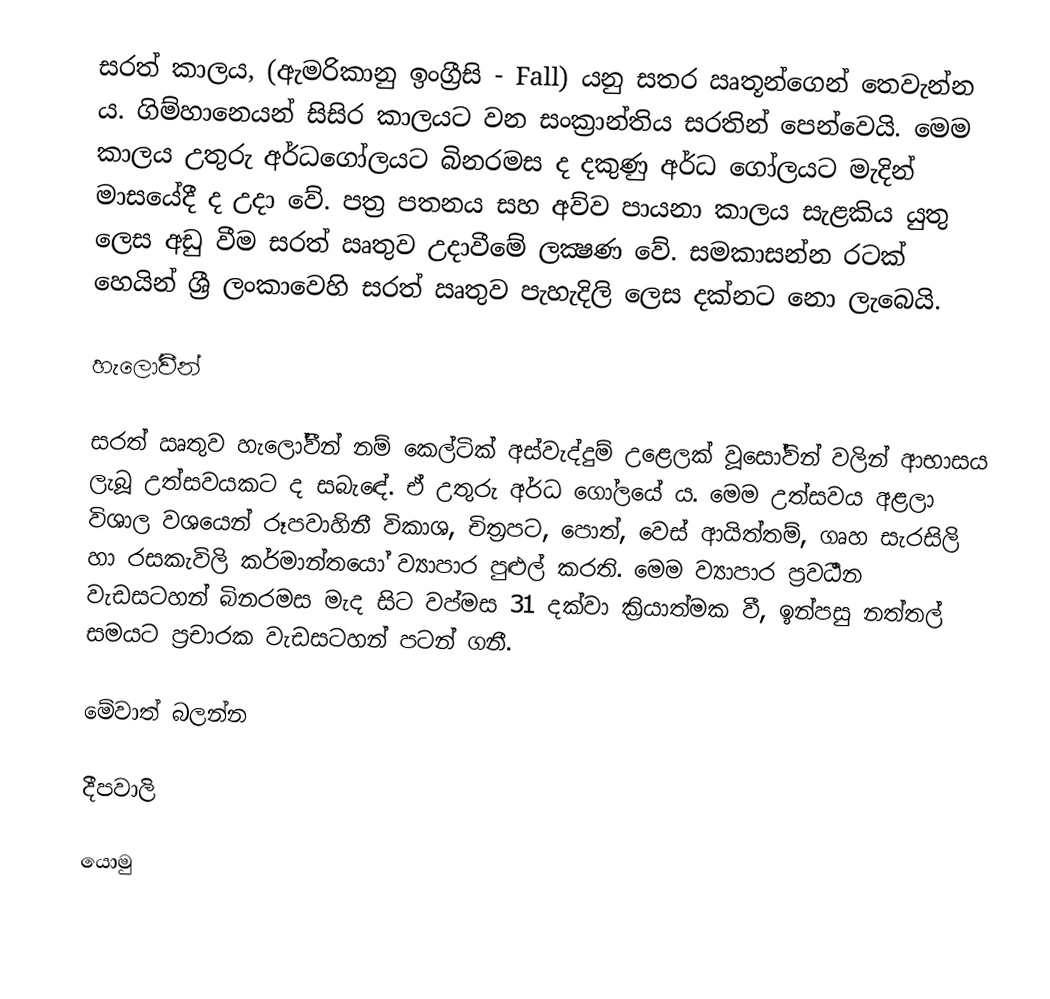
සරත් කාලය,  (ඇමරිකානු ඉංග්‍රීසි - Fall) යනු සතර ඍතූන්ගෙන් තෙවැන්න ය. ගිම්හානෙයන් සිසිර කාලයට වන සංක්‍රාන්තිය සරතින් පෙන්වෙයි. මෙම කාලය උතුරු අර්ධගෝලයට බිනරමස ද දකුණු අර්ධ ගෝලයට මැදින් මාසයේදී ද උදා වේ. පත්‍ර පතනය සහ අව්ව පායනා කාලය සැළකිය යුතු ලෙස අඩු වීම සරත් ඍතුව උදාවීමේ ලක්‍ෂණ වේ. සමකාසන්න රටක් හෙයින් ශ්‍රී ලංකාවෙහි සරත් ඍතුව පැහැදිලි ලෙස දක්නට නො ලැබෙයි.

හැලෝවීන්

සරත් ඍතුව හැලෝවීන් නම් කෙල්ටික් අස්වැද්දුම් උළෙලක් වූසෝවින් වලින් ආභාසය ලැබූ උත්සවයකට ද සබැඳේ. ඒ උතුරු අර්ධ ගෝලයේ ය. මෙම උත්සවය අළලා විශාල වශයෙන් රූපවාහිනී විකාශ, චිත්‍රපට, පොත්, වෙස් ආයිත්තම්, ගෘහ සැරසිලි හා රසකැවිලි කර්මාන්තයෝ ව්‍යාපාර පුළුල් කරති. මෙම ව්‍යාපාර ප්‍රවර්‍ධන වැඩසටහන් බිනරමස මැද සිට වප්මස 31 දක්වා ක්‍රියාත්මක වී, ඉන්පසු නත්තල් සමයට ප්‍රචාරක වැඩසටහන් පටන් ගනී.

මේවාත් බලන්න

 දීපවාලි

යොමු